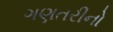
ગણતરીનો